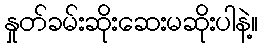
နှုတ်ခမ်းဆိုးဆေးမဆိုးပါနဲ့။